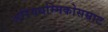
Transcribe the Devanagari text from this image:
अरियधम्मिकोसम्राट